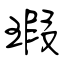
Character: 瑕